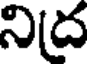
నిద్ర